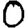
Digit: 0